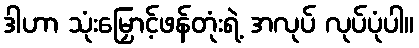
ဒါဟာ သုံးမြှောင့်ဖန်တုံးရဲ့ အလုပ် လုပ်ပုံပါ။